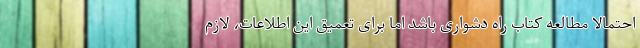
احتمالا مطالعه کتاب راه دشواری باشد اما برای تعمیق این اطلاعات، لازم